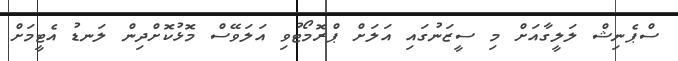
ސްޕެނިޝް ލަލީގާއަށް މި ސީޒަނުގައި އަލަށް ޕްރޮމޯޓުވި އަލަވޭސް މޮޅުކޮށްދިން ލަނޑު އެޓީމަށް